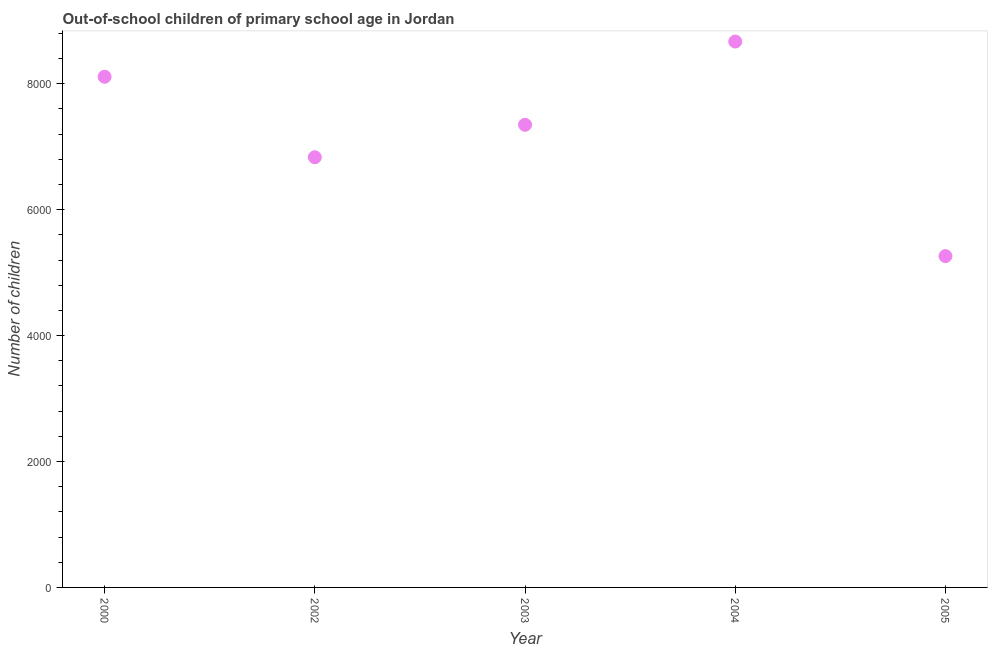
| Year | Out-of-school children of primary school age |
 | --- | --- |
 | 2000 | 8.11e+03 |
 | 2002 | 6.83e+03 |
 | 2003 | 7.35e+03 |
 | 2004 | 8.67e+03 |
 | 2005 | 5.26e+03 |